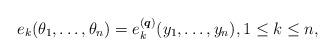
LaTeX: \begin{gather*}e_k(\theta_1,\ldots,\theta_n) = e_k^{({\boldsymbol{q}})}(y_1,\ldots,y_n), 1 \le k \le n,\end{gather*}